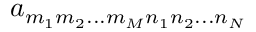
a _ { m _ { 1 } m _ { 2 } . . . m _ { M } n _ { 1 } n _ { 2 } . . . n _ { N } }